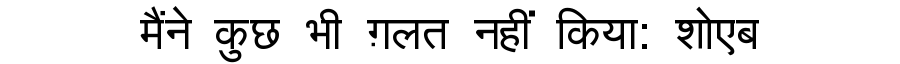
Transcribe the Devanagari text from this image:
मैंने कुछ भी ग़लत नहीं किया: शोएब